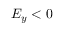
E _ { y } < 0